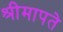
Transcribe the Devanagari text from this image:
श्रीमापते